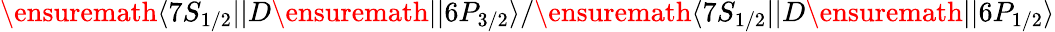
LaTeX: \ensuremath{\langle 7S_{1/2}||}D\ensuremath{||6P_{3/2}\rangle}/\ensuremath{\langle 7S_{1/2}||}D\ensuremath{||6P_{1/2}\rangle}